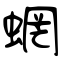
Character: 蝄